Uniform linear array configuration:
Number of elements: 4
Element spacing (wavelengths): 0.5
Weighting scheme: kaiser
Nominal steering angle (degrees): -45
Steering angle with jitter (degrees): -46.734
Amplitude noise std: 0.05
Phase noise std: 0.05

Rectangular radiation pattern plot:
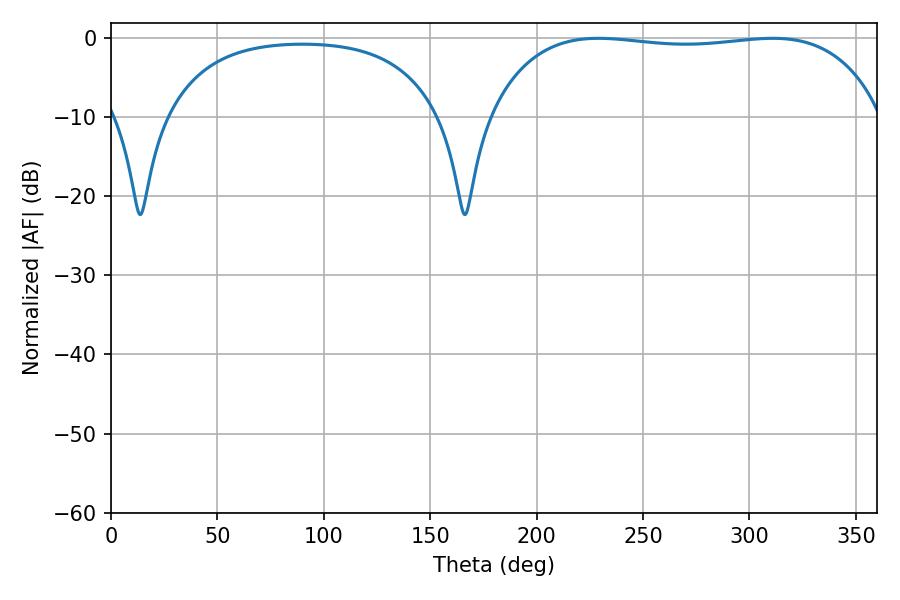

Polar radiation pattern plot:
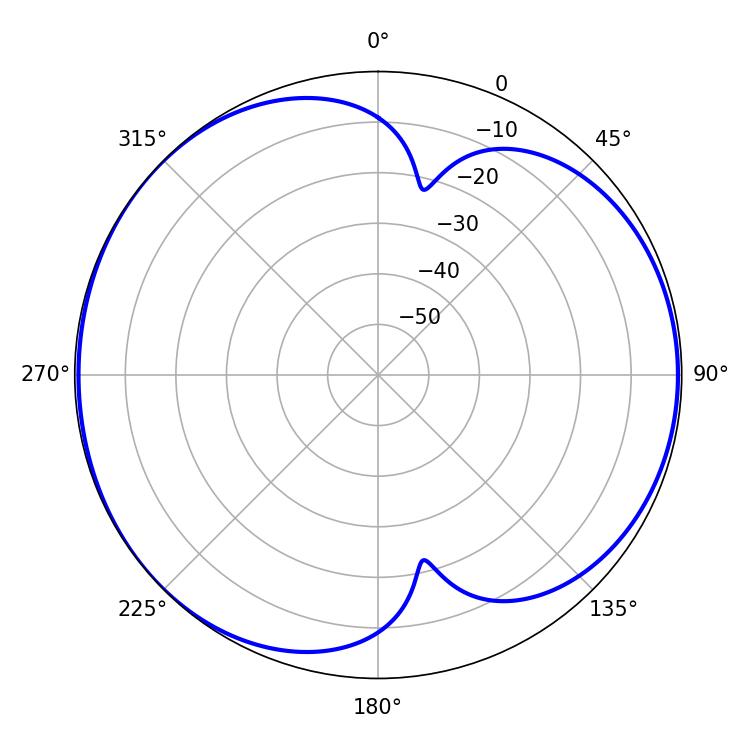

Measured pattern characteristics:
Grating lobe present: FALSE
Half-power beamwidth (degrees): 147.24
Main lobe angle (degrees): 228.96